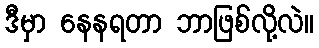
ဒီမှာ နေနရတာ ဘာဖြစ်လို့လဲ။